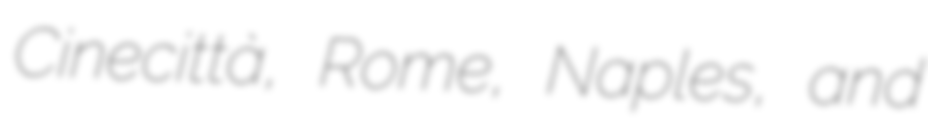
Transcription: Cinecittà, Rome, Naples, and